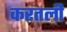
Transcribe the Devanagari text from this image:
करतली